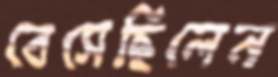
বেসেছিলেন